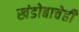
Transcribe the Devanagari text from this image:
खंडोबाचेही